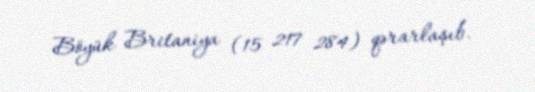
Böyük Britaniya (15 217 284) qərarlaşıb.